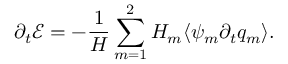
\partial _ { t } \mathcal { E } = - \frac { 1 } { H } \sum _ { m = 1 } ^ { 2 } H _ { m } \langle \psi _ { m } \partial _ { t } q _ { m } \rangle .